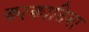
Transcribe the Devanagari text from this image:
काकातिया